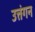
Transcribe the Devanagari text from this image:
उत्तंगन